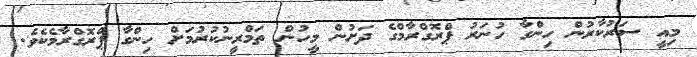
މިއީ ސަރުކާރުން ހިންގާ ހުނަރު ޕްރޮގްރާމްގެ ދަށުން މީހުން ތަމްރީނުކުރުމަށް ހިންގާ ޕްރޮގްރާމެކެވެ.